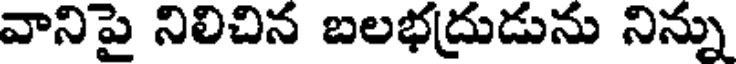
వానిపై నిలిచిన బలభద్రుడును నిన్ను